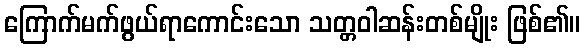
ကြောက်မက်ဖွယ်ရာကောင်းသော သတ္တဝါဆန်းတစ်မျိုး ဖြစ်၏။